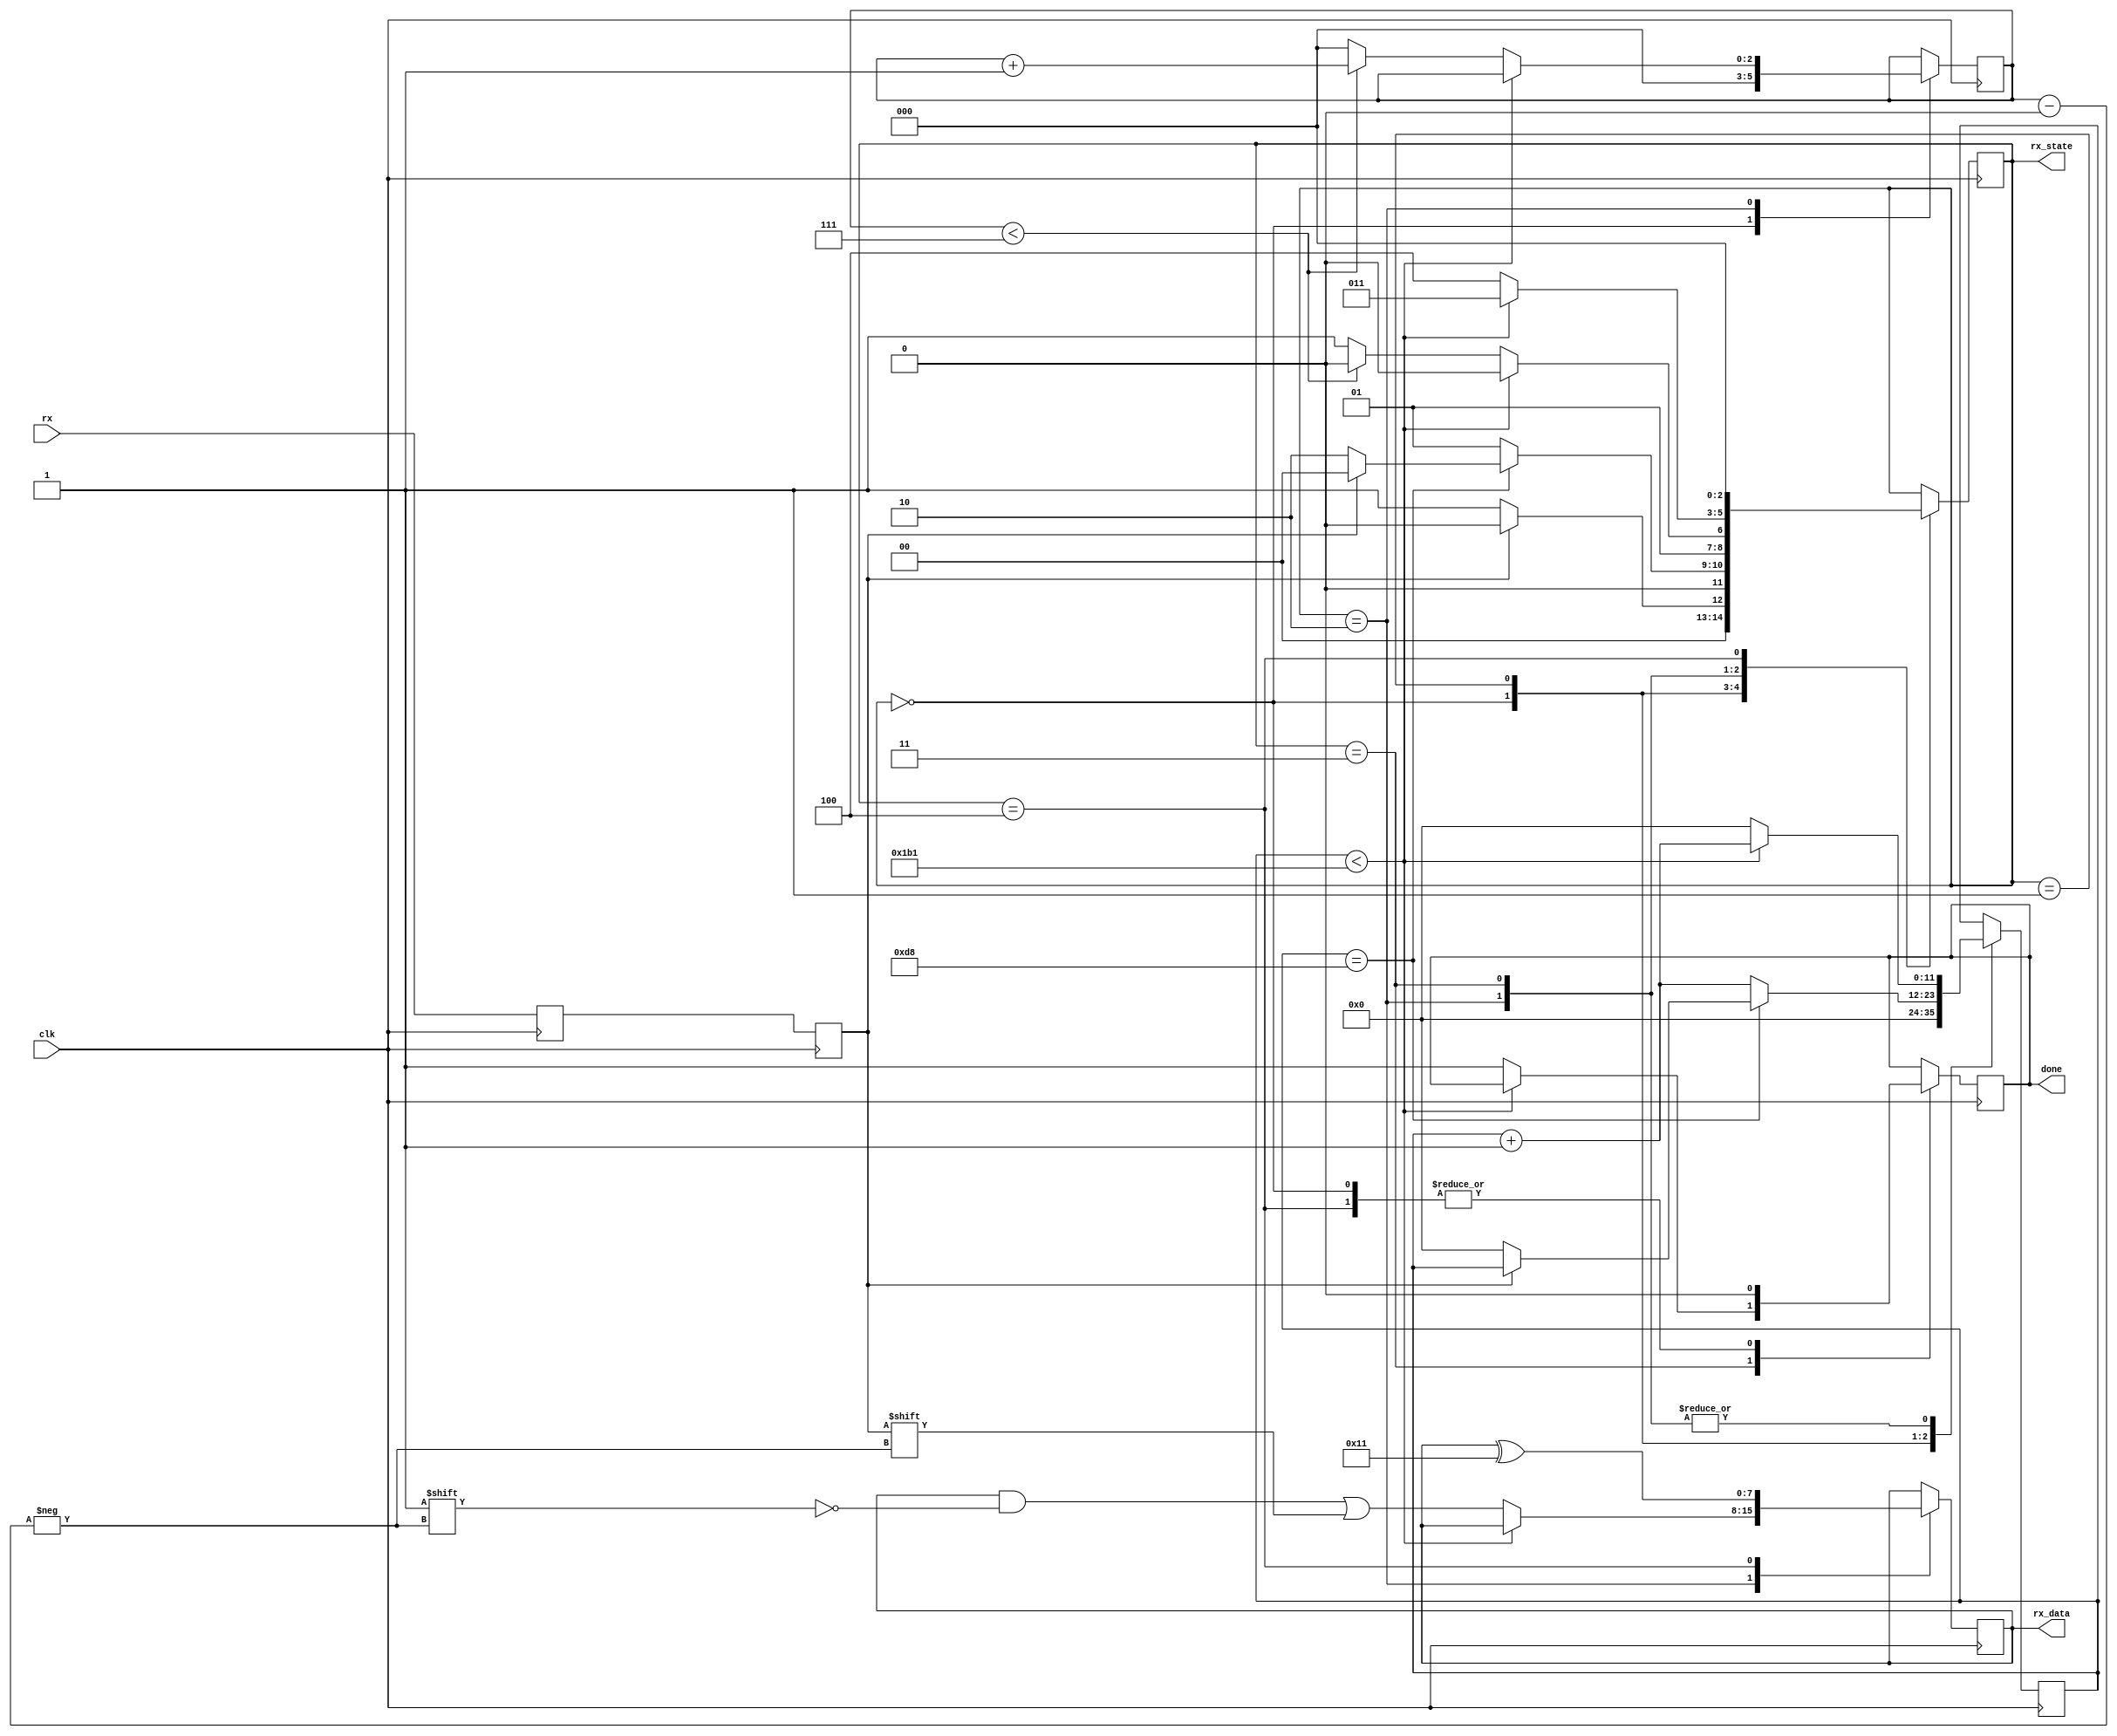
module uart_rx(
	input clk,
	input rx,
	output done,
	output [7:0] rx_data,
	output [2:0] rx_state
);

// UART_RX States
parameter IDLE = 3'd0;
parameter START = 3'd1;
parameter TRANSMIT = 3'd2;
parameter STOP = 3'd3;
parameter CLEANUP = 3'd4;

reg[2:0] state = 0; 
reg[2:0] bit_index;

reg r_done = 0;

assign done = r_done;

assign rx_state = state;


// 50000000 / 115200 =  434 Clocks/bit
parameter CLKS_PER_BIT = 434;
reg[11:0] clk_counter = 0;

reg rx_reg = 1;
reg rx_r = 1;
reg [7:0] rx_buffer = 0;

always@(posedge clk)
begin
	rx_r <= rx;
	rx_reg <= rx_r;
end

always@(posedge clk)
begin
	
	case(state)
		IDLE:
		begin
			r_done <= 0;
			clk_counter <= 0;
			bit_index <= 0;
			// start bit
			if (rx_reg == 0)
				state <= START;
			else
				state <= IDLE;
		end
		
		START:
		begin
			if(clk_counter == (CLKS_PER_BIT-1)/2)
			begin
				if(rx_reg == 0)
				begin
					clk_counter <= 0;
					state <= TRANSMIT;
				end
				else
					state <= IDLE;
			end
			else
			begin
				clk_counter <= clk_counter + 1;
				state <= START;
			end
		end
		
		TRANSMIT:
		begin
			if(clk_counter < CLKS_PER_BIT-1)
			begin
				clk_counter <= clk_counter + 1;
				state <= TRANSMIT;
			end
			else
			begin
				
				clk_counter <= 0;
				rx_buffer[bit_index] <= rx_reg;
				
				if(bit_index < 7)
				begin
					bit_index <= bit_index + 1;
					state <= TRANSMIT;
				end
				else
				begin
					bit_index <= 0;
					state <= STOP;
				end
				
			end
		end
		
		STOP:
		begin
			if(clk_counter < CLKS_PER_BIT-1)
			begin
				clk_counter <= clk_counter + 1;
				state <= STOP;
			end
			else
			begin
				r_done <= 1;
				clk_counter <= 0;
				state <= CLEANUP;
			end
		end
	
		CLEANUP:
		begin
			rx_buffer <= rx_buffer ^ 8'h11;
			state <= IDLE;
			r_done <= 0;
		end
	
	endcase

end

assign rx_data = rx_buffer;

endmodule